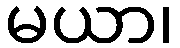
မယာ၊